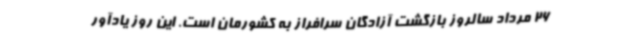
26 مرداد سالروز بازگشت آزادگان سرافراز به کشورمان است. این روز یادآور